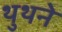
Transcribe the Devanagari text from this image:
थुथने